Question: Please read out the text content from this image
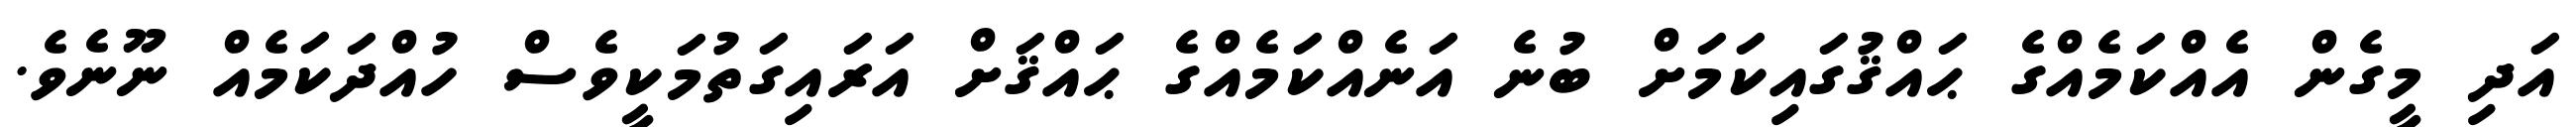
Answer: އަދި މީގެން އެއްކަމެއްގެ ޙައްޤުގައިކަމަށް ބުނެ އަނެއްކަމެއްގެ ޙައްޤަށް އަރައިގަތުމަކީވެސް ހުއްދަކަމެއް ނޫނެވެ.